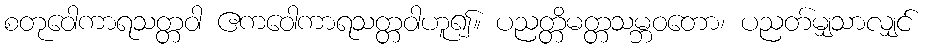
စတုဝေါကာရသတ္တဝါ ဧကဝေါကာရသတ္တဝါဟူ၍။ ပညတ္တိမတ္တသမ္ဘဝတော၊ ပညတ်မျှသာလျှင်